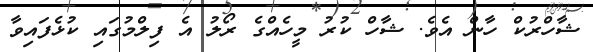
ޝާހްރުކް ހާން އެވެ. ޝާހް ކުރު މީހެއްގެ ރޯލު އެ ފިލްމުގައި ކުޅެފައިވާ